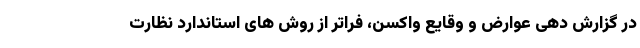
در گزارش دهی عوارض و وقایع واکسن، فراتر از روش های استاندارد نظارت